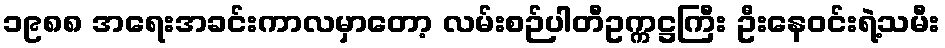
၁၉၈၈ အရေးအခင်းကာလမှာတော့ လမ်းစဉ်ပါတီဥက္ကဋ္ဌကြီး ဦးနေဝင်းရဲ့သမီး